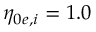
\eta _ { 0 e , i } = 1 . 0